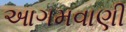
આગમવાણી